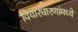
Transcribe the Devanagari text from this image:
विचारधारणांमध्ये